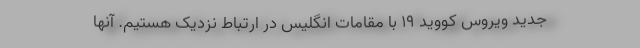
جدید ویروس کووید ۱۹ با مقامات انگلیس در ارتباط نزدیک هستیم. آنها